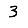
Digit: 3